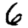
Digit: 6